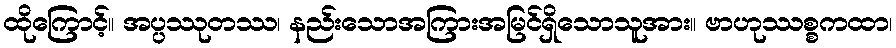
ထိုကြောင့်။ အပ္ပဿုတဿ၊ နည်းသောအကြားအမြင်ရှိသောသူအား။ ဗာဟုဿစ္စကထာ၊